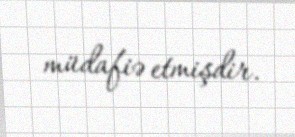
müdafiə etmişdir.